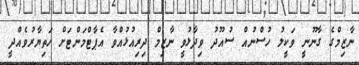
ނާޒިމްގެ ގާނޫނީ ވަކީލު ހުސްނުއް ސުއޫދު ވިދާޅުވީ ނާޒިމް ދިރިއުޅުއްވާ އެޕާޓްމަންޓަށް ހަތިޔާރުވެއްދީ